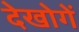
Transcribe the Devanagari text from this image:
देखोगें